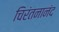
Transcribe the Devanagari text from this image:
चिरंतनानंद